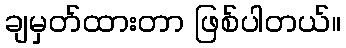
ချမှတ်ထားတာ ဖြစ်ပါတယ်။